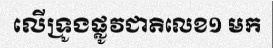
លើទ្រូងផ្លូវជាតិលេខ១ មក